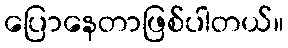
ပြောနေတာဖြစ်ပါတယ်။